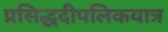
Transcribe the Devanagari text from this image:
प्रसिद्धदीपलिकयात्र